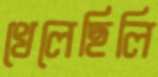
খেলেছিলি